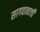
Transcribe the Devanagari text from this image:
सागवानाची